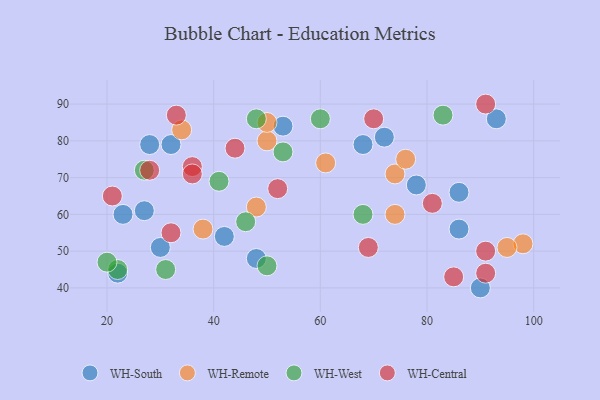
{"axis": {"x": "GDP", "y": "Life Expectancy"}, "legend": ["WH-Central", "WH-Remote", "WH-South", "WH-West"], "data": [{"x": "72", "y": 81, "type": "WH-South"}, {"x": "86", "y": 66, "type": "WH-South"}, {"x": "27", "y": 61, "type": "WH-South"}, {"x": "32", "y": 79, "type": "WH-South"}, {"x": "42", "y": 54, "type": "WH-South"}, {"x": "90", "y": 40, "type": "WH-South"}, {"x": "22", "y": 44, "type": "WH-South"}, {"x": "48", "y": 48, "type": "WH-South"}, {"x": "53", "y": 84, "type": "WH-South"}, {"x": "23", "y": 60, "type": "WH-South"}, {"x": "28", "y": 79, "type": "WH-South"}, {"x": "78", "y": 68, "type": "WH-South"}, {"x": "86", "y": 56, "type": "WH-South"}, {"x": "93", "y": 86, "type": "WH-South"}, {"x": "68", "y": 79, "type": "WH-South"}, {"x": "30", "y": 51, "type": "WH-South"}, {"x": "98", "y": 52, "type": "WH-Remote"}, {"x": "50", "y": 80, "type": "WH-Remote"}, {"x": "48", "y": 62, "type": "WH-Remote"}, {"x": "74", "y": 60, "type": "WH-Remote"}, {"x": "34", "y": 83, "type": "WH-Remote"}, {"x": "61", "y": 74, "type": "WH-Remote"}, {"x": "50", "y": 85, "type": "WH-Remote"}, {"x": "38", "y": 56, "type": "WH-Remote"}, {"x": "95", "y": 51, "type": "WH-Remote"}, {"x": "74", "y": 71, "type": "WH-Remote"}, {"x": "76", "y": 75, "type": "WH-Remote"}, {"x": "41", "y": 69, "type": "WH-West"}, {"x": "53", "y": 77, "type": "WH-West"}, {"x": "46", "y": 58, "type": "WH-West"}, {"x": "27", "y": 72, "type": "WH-West"}, {"x": "22", "y": 45, "type": "WH-West"}, {"x": "68", "y": 60, "type": "WH-West"}, {"x": "31", "y": 45, "type": "WH-West"}, {"x": "50", "y": 46, "type": "WH-West"}, {"x": "83", "y": 87, "type": "WH-West"}, {"x": "20", "y": 47, "type": "WH-West"}, {"x": "48", "y": 86, "type": "WH-West"}, {"x": "60", "y": 86, "type": "WH-West"}, {"x": "69", "y": 51, "type": "WH-Central"}, {"x": "44", "y": 78, "type": "WH-Central"}, {"x": "91", "y": 44, "type": "WH-Central"}, {"x": "52", "y": 67, "type": "WH-Central"}, {"x": "28", "y": 72, "type": "WH-Central"}, {"x": "85", "y": 43, "type": "WH-Central"}, {"x": "91", "y": 50, "type": "WH-Central"}, {"x": "36", "y": 73, "type": "WH-Central"}, {"x": "32", "y": 55, "type": "WH-Central"}, {"x": "33", "y": 87, "type": "WH-Central"}, {"x": "70", "y": 86, "type": "WH-Central"}, {"x": "91", "y": 90, "type": "WH-Central"}, {"x": "81", "y": 63, "type": "WH-Central"}, {"x": "36", "y": 71, "type": "WH-Central"}, {"x": "21", "y": 65, "type": "WH-Central"}]}